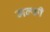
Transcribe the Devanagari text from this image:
मल्फी